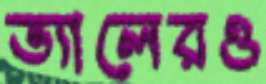
ভ্যালেরও